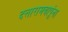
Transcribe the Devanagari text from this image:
दत्तारामबापूंना